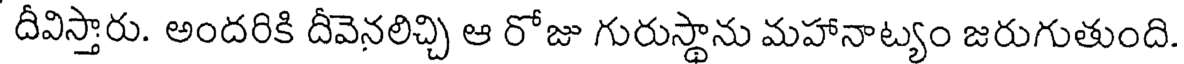
దీవిస్తారు. అందరికి దీవెనలిచ్చి ఆ రోజు గురుస్థాను మహానాట్యం జరుగుతుంది